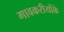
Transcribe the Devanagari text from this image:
गावकरीयोंके